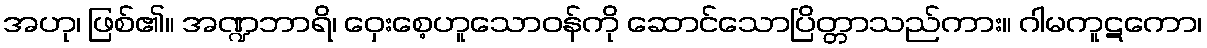
အဟု၊ ဖြစ်၏။ အဏ္ဍဘာရိ၊ ဝှေးစေ့ဟူသောဝန်ကို ဆောင်သောပြိတ္တာသည်ကား။ ဂါမကူဋကော၊